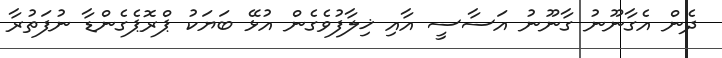
ދެން އެގާނޫނު ގާނޫނު އަސާސީ އާއި ޚިލާފުވެގެން އުޅޭ ބަޔަކު ޕްރޮޕެގެންޑާ ނުފަތުރާ